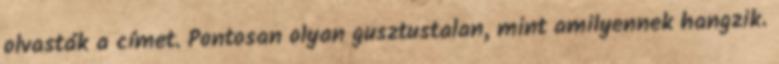
olvasták a címet. Pontosan olyan gusztustalan, mint amilyennek hangzik.